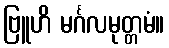
ဗြူဟိ မင်္ဂလမုတ္တမံ။